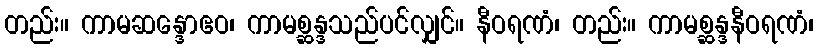
တည်း။ ကာမဆန္ဒောဧဝ၊ ကာမစ္ဆန္ဒသည်ပင်လျှင်။ နီဝရဏံ၊ တည်း။ ကာမစ္ဆန္ဒနီဝရဏံ၊